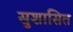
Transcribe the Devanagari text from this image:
सुशासित